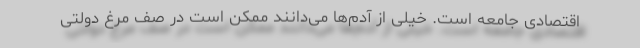
اقتصادی جامعه است. خیلی از آدم‌ها می‌دانند ممکن است در صف مرغ دولتی